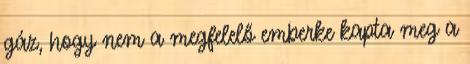
gáz, hogy nem a megfelelő emberke kapta meg a